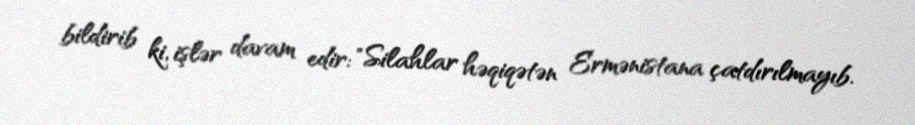
bildirib ki, işlər davam edir: "Silahlar həqiqətən Ermənistana çatdırılmayıb.